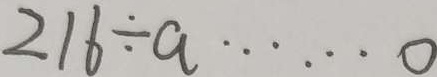
2 1 6 \div a \cdots 0